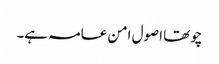
چوتھا اصول امن عامہ ہے۔